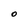
Character: O